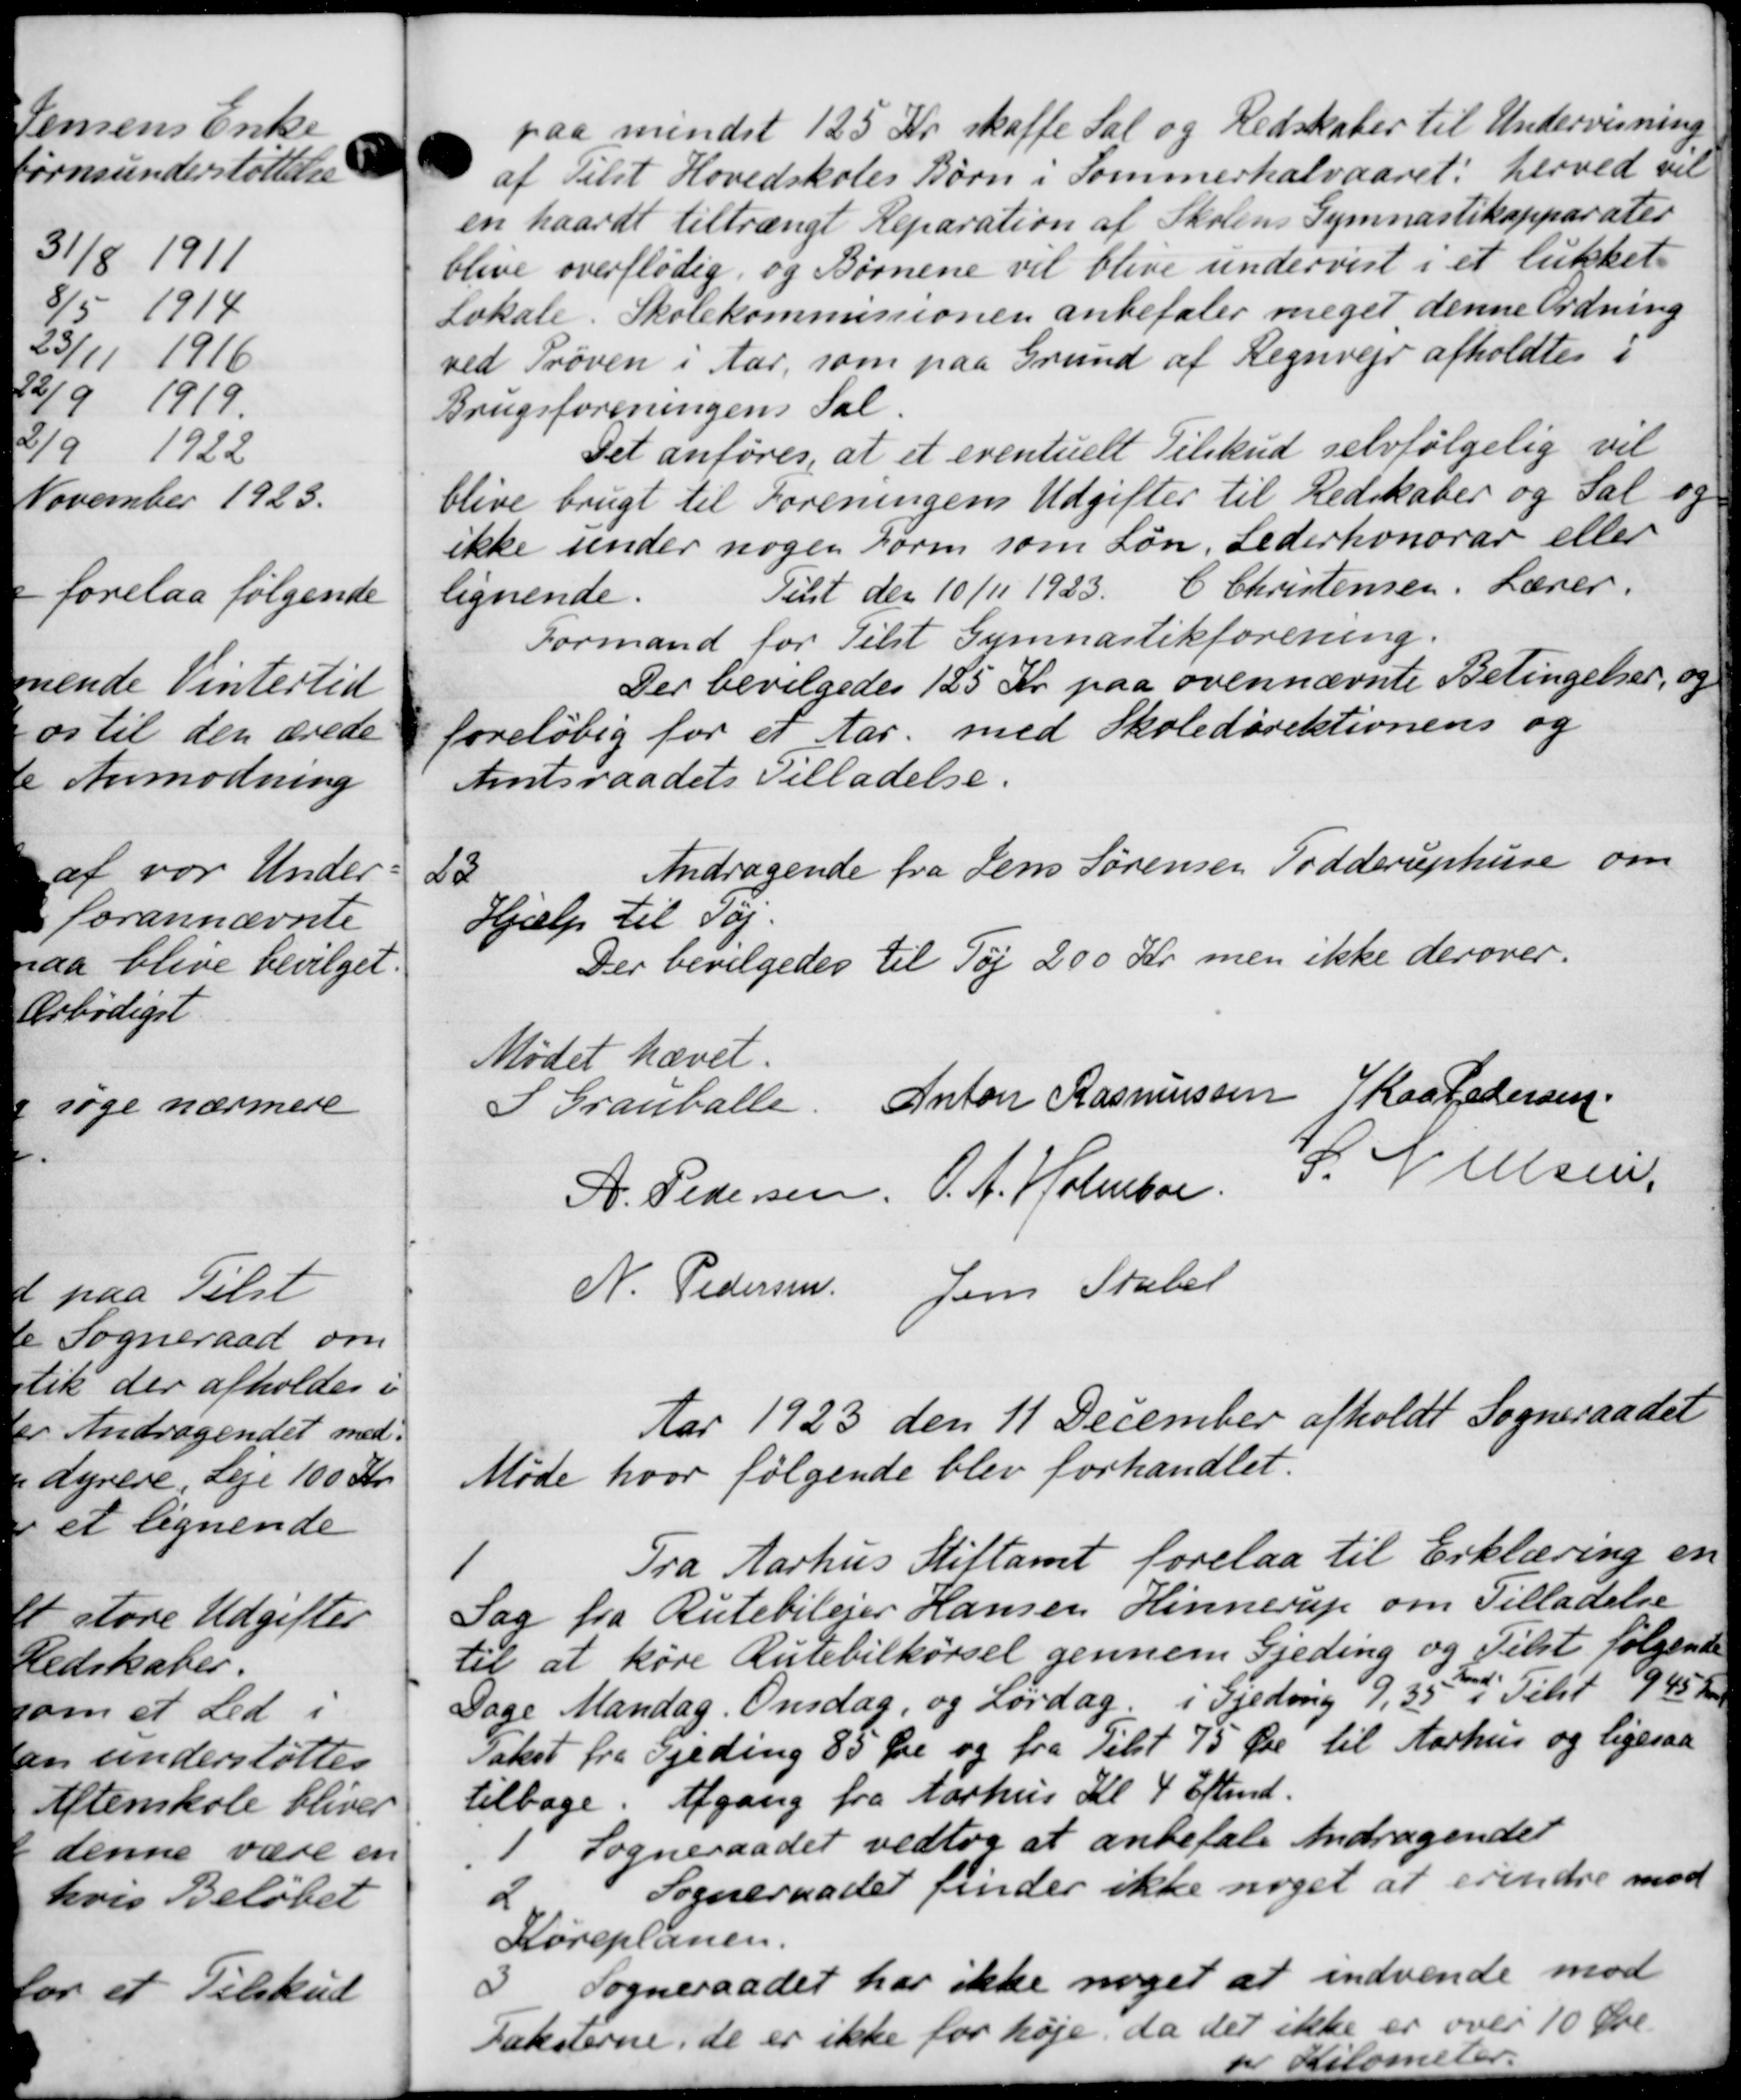
Transskription:
paa mindst 125 Kr. skaffe Sal og Redskaber til Undervisning
af Tilst Hovedskoles Børn i Sommerhalvaaret, herved vil
en haardt tiltrængt Reparation af Skolens Gymnastikapparater
blive overflødig, og Børnene vil blive undervist i et lukket
Lokale. Skolekommissionen anbefaler meget denne Ordning
ved Prøven i Aar, som paa Grund af Regnveje afholdtes 1
Brugsforeningens Sal.
Det anføres, at et eventuelt Tilskud selvfølgelig vil
blive brugt til Foreningens Udgifter til Redskaber og Sal og
ikke under nogen Form som Løn. Lederhonorar eller
lignende.
Tilst den 10/11 1923. C Christensen. Lærer.
Formand for Tilst Gymnastikforening.
Der bevilgedes 125 Kr. paa ovennævnte Betingelser, og
foreløbig for et tar. med Skoledirektionens og
Amtsraadets Tilladelse.
23
Andragende fra Jens Sørensen Todderuphuse om
Hjælp til Tøj.
Der bevilgedes til Tøj 200 Kr. men ikke derover.
Mødet hævet.
S Granballe.
Anton Rasmussen Kaa Pedersen
A. Pedersen Ch. Nielsen, P. Jørgensen
N. Pedersen Jens Skaber
Aar 1923 den 11 December afholdt Sogneraadet
Møde hvor følgende blev forhandlet.
1
Fra Aarhus Stiftamt forelaa til Erklæring en
Sag fra Rutebilejer Hansen Hinnerup om Tilladelse
til at køre Rutebilkørsel gennem Gjeding og Tilst følgende
Dage Mandag. Onsdag, og Lørdag i Gjeding 9,35. Tilst 945 Kr.
Takst fra Ejeding 85 Øre og fra Tilst 75 Øre til Aarhus og ligesaa
tilbage. Afgang fra Aarhus Kl 4 Eftmd.
1 Sogneraadet vedtog at anbefale Andragendet
2 Sogneraadet finder ikke noget at erindre mod
Køreplanen.
3 Sogneraadet har ikke noget at indvende mod
Faksterne, de er ikke for høje, da det ikke er over 10 Øre.
pr Kilometer.